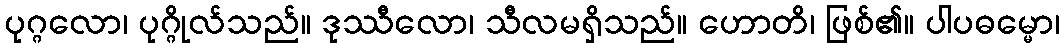
ပုဂ္ဂလော၊ ပုဂ္ဂိုလ်သည်။ ဒုဿီလော၊ သီလမရှိသည်။ ဟောတိ၊ ဖြစ်၏။ ပါပဓမ္မော၊